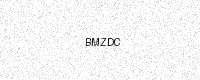
Text: BMZDC